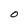
Character: O